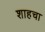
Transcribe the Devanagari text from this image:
शाहचा